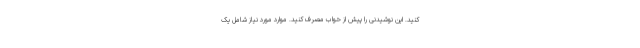
کنید. این نوشیدنی را پیش از خواب مصرف کنید. موارد مورد نیاز شامل یک